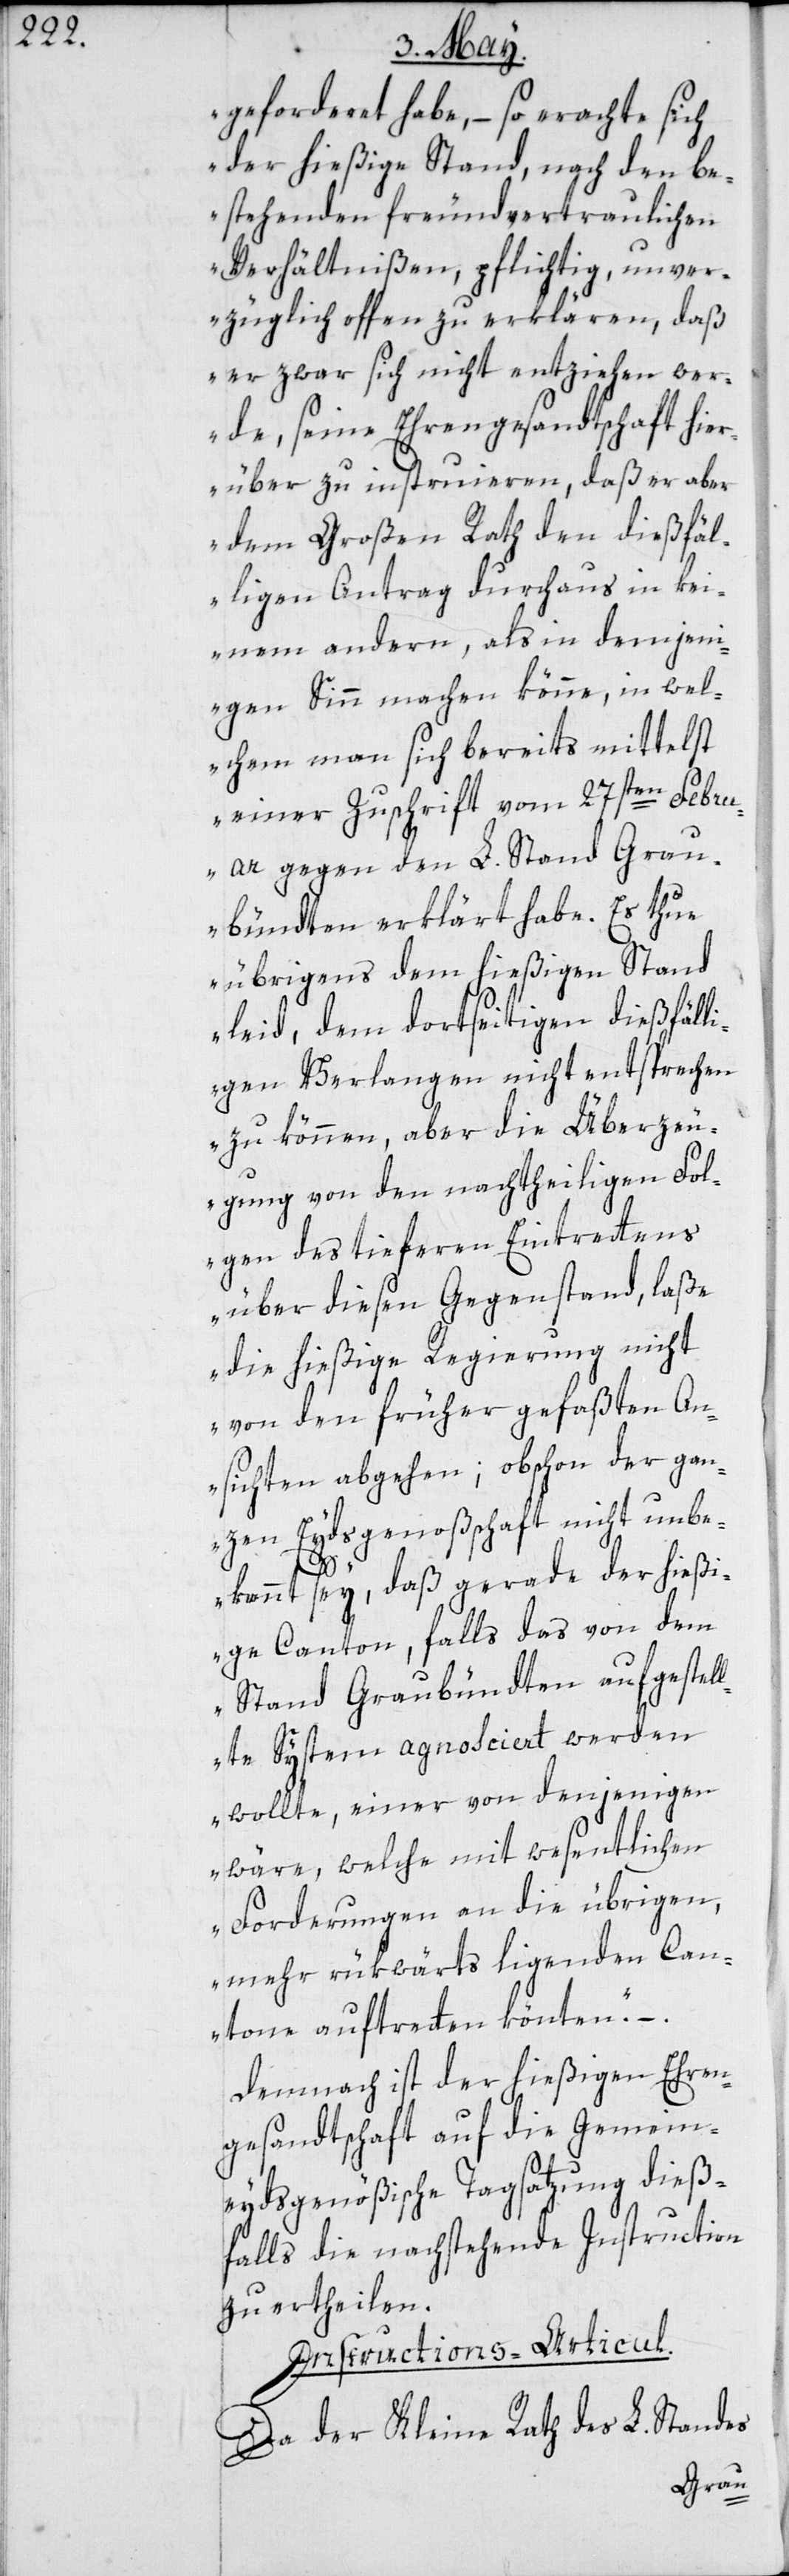
geforderet habe, – so erachte sich
der hießige Stand, nach den be¬
stehenden freundvertraulichen
Verhältnißen, pflichtig, unver¬
züglich offen zu erklären, daß
er zwar sich nicht entziehen wer¬
de, seine Ehrengesandtschaft hier¬
über zu instruieren, daß er aber
dem Großen Rath den dießfäl¬
ligen Antrag durchaus in kei¬
nem andern, als in demjeni¬
gen Sinn machen könne, in wel¬
chem man sich bereits mittelst
einer Zuschrift vom 27sten Febru¬
ar gegen den L. Stand Grau¬
bündten erklärt habe. Es thue
übrigens dem hießigen Stand
leid, dem dortseitigen dießfälli¬
gen Verlangen nicht entsprechen
zu können, aber die Überzeu¬
gung von den nachtheiligen Fol¬
gen des tieferen Eintrettens
über diesen Gegenstand, laße
die hießige Regierung nicht
von den früher gefaßten An¬
sichten abgehen; obschon der gan¬
zen Eydsgenoßenschaft nicht unbe¬
kannt sey, daß gerade der hießi¬
ge Canton, falls das von dem
Stand Graubündten aufgestel¬
lte System agnosciert werden
wollte, einer von denjenigen
wäre, welche mit wesentlichen
Forderungen an die übrigen,
mehr rükwärts liegenden Can¬
tone auftretten könnten.“ –
Demnach ist der hießigen Ehren¬
gesandtschaft auf die Gemein¬
eydsgenößische Tagsatzung dieß¬
falls die nachstehende Instruction
zu ertheilen.
Instructions-Articul.
Da der Kleine Rath des L. Standes